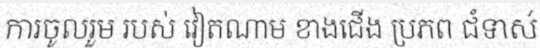
ការចូលរួម របស់ វៀតណាម ខាងជើង ប្រភព ជំទាស់